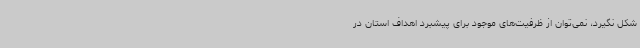
شکل نگیرد، نمی‌توان از ظرفیت‌های موجود برای پیشبرد اهداف استان در